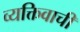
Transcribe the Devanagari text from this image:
व्यक्तिवाची